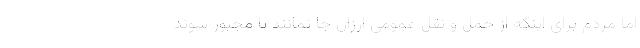
اما مردم برای اینکه از حمل و نقل عمومی ارزان جا نمانند تا مجبور شوند